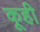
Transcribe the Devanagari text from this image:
कूही